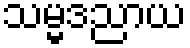
သမ္မဒညာယ